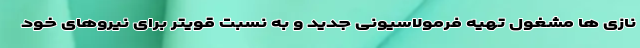
نازی ها مشغول تهیه فرمولاسیونی جدید و به نسبت قویتر برای نیروهای خود